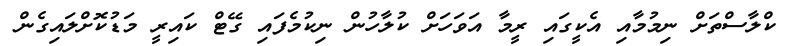
ކްލާސްތަށް ނިމުމާއި އެކީގައި ރީމާ އަވަހަށް ކުލާހުން ނިކުމެފައި ގޭޓް ކައިރީ މަޑުކޮށްލައިގެން